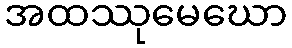
အထဿုမေဃော